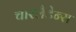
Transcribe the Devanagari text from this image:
चारलैटेन्स